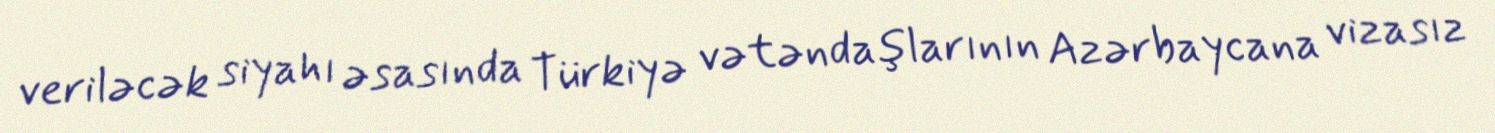
veriləcək siyahı əsasında Türkiyə vətəndaşlarının Azərbaycana vizasız